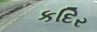
કદિર